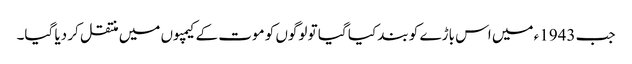
جب 1943ء میں اس باڑے کو بند کیا گیا تو لوگوں کو موت کے کیمپوں میں منتقل کر دیا گیا۔